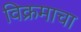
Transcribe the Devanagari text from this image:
विक्रमाचा